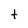
Character: t